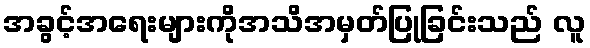
အခွင့်အရေးများကိုအသိအမှတ်ပြုခြင်းသည် လူ